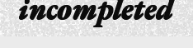
incompleted